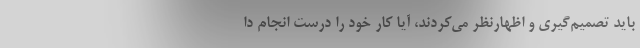
باید تصمیم‌گیری و اظهارنظر می‌کردند، آیا کار خود را درست انجام دا